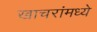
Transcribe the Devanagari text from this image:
खाचरांमध्ये